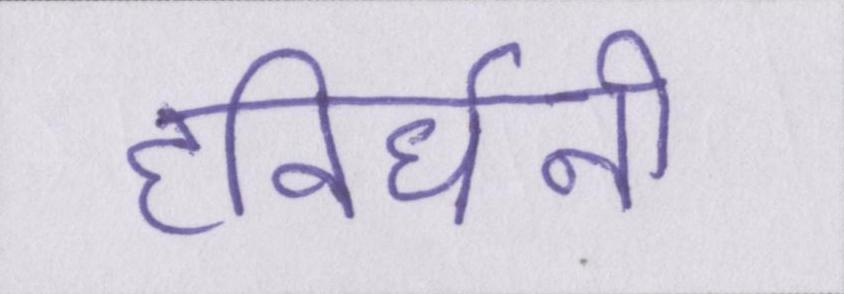
हविर्धनी